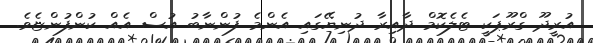
އުރީދޫ ގްރޫޕަކީ ޓެލެކޮމް ދާއިރާ ދުނިޔޭގައި އެންމެ ފުންނާބު އުސް އެއް ކުންފުންޏެވެ.